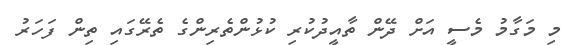
މި މަގާމު މެސީ އަށް ދޭން ތާއީދުކުރި ކުޅުންތެރިންގެ ތެރޭގައި ތިން ފަހަރު